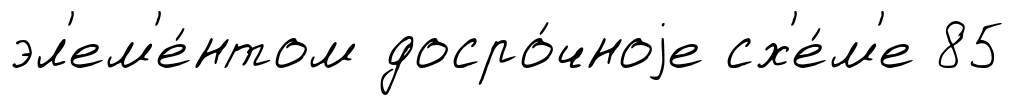
эл'ем'е́нтом досро́чноjе сх'е́м'е 85